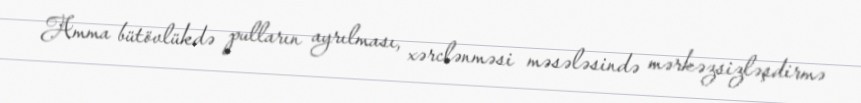
Amma bütövlükdə pulların ayrılması, xərclənməsi məsələsində mərkəzsizləşdirmə